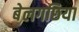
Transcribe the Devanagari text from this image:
बेलगछिया